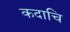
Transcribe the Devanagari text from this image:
कदाचि